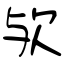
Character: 欤